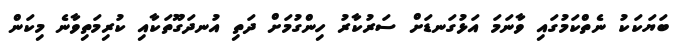
ބަޔަކަކު ނެތްކަމުގައި ވާނަމަ އަޅުގަނޑަށް ސަރުކާރު ހިންގުމަށް ދަތި އުނދަގޫތަކާއި ކުރިމަތިވާނެ މިކަން